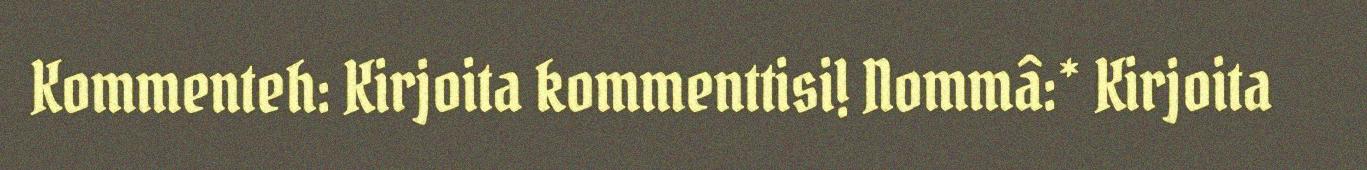
Kommenteh: Kirjoita kommenttisi! Nommâ:* Kirjoita